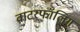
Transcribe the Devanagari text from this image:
वाटरफॉलिंग